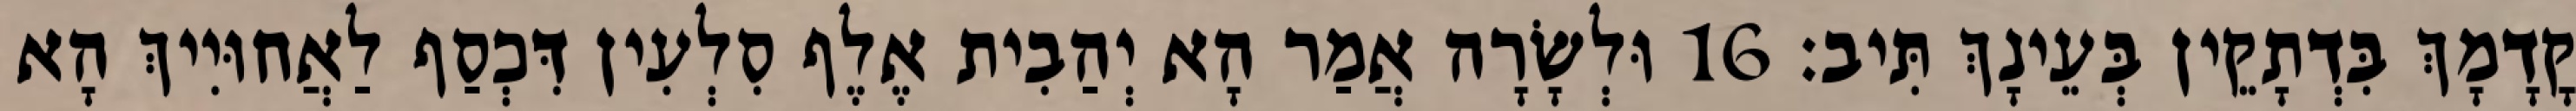
קֳדָמָךְ בִּדְתָקֵין בְּעֵינָךְ תִּיב׃ 16 וּלְשָׂרָה אֲמַר הָא יְהַבִית אֶלֶף סִלְעִין דִּכְסַף לַאֲחוּיִיךְ הָא